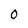
Character: 0